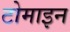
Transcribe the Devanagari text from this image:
टोमाइन